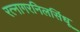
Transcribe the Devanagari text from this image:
रत्नागरनिलसिंधू